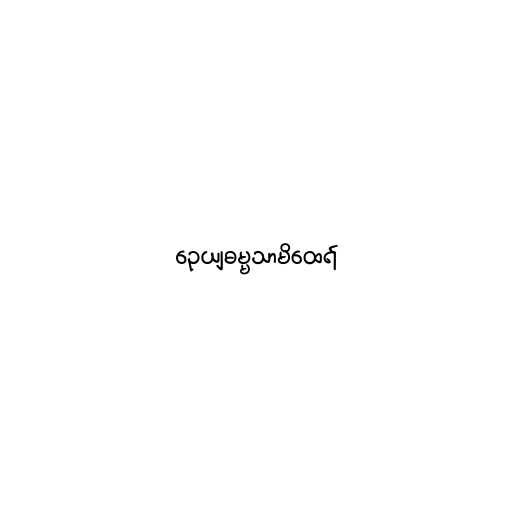
ဉေယျဓမ္မသာမိထေရ်